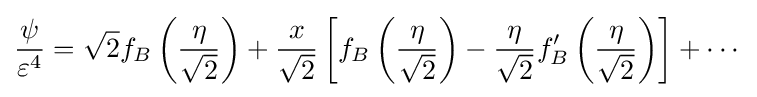
{\frac {\psi }{\varepsilon ^{4}}}={\sqrt {2}}f_{B}\left({\frac {\eta }{\sqrt {2}}}\right)+{\frac {x}{\sqrt {2}}}\left[f_{B}\left({\frac {\eta }{\sqrt {2}}}\right)-{\frac {\eta }{\sqrt {2}}}f_{B}'\left({\frac {\eta }{\sqrt {2}}}\right)\right]+\cdots